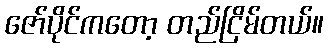
ဇော်ပိုင်ကတော့ တည်ငြိမ်တယ်။